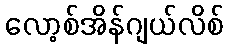
လော့စ်အိန်ဂျယ်လိစ်